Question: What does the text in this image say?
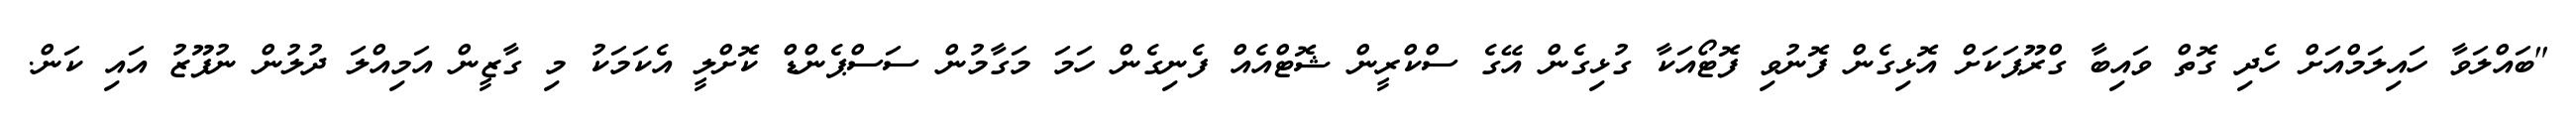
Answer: "ބައްލަވާ ހައިލަމްއަށް ހެދި ގޮތް ވައިބާ ގްރޫޕަކަށް އޮޅިގެން ފޮނުވި ފޮޓޯއަކާ ގުޅިގެން އޭގެ ސްކްރީން ޝޮޓްއެއް ފެނިގެން ހަމަ މަގާމުން ސަސްޕެންޑް ކޮށްލީ އެކަމަކު މި ގާޒީން އަމިއްލަ ދުލުން ނުފޫޒު އައި ކަން.